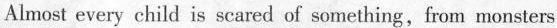
Almost every child is scared of something, from monsters